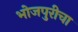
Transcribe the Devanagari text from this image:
भोजपुरीचा